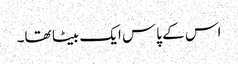
اس کے پاس ایک بیٹا تھا۔